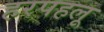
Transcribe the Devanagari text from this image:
हरपहलू